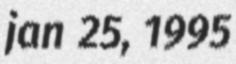
jan 25, 1995